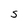
Character: S